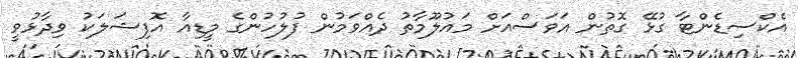
އެކްސިޑެންޓާ ގުޅޭ ގޮތުން އަވަސްއަަށް މައުލޫމާތު ދެއްވަމުން ފުލުހުންގެ މީޑިއާ އޮފިޝަލަކު ވިދާޅުވީ